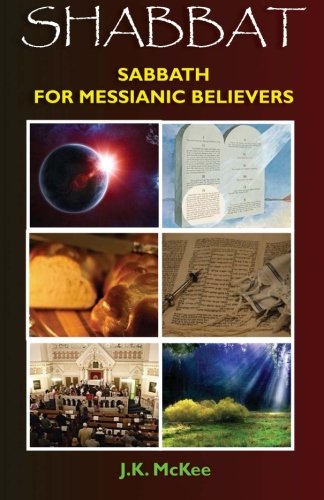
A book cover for Shabbat: Sabbath for Messianic Believers; J.K. McKee; Christian Books & Bibles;